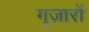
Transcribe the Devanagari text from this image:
गुज़ारों